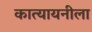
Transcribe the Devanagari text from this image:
कात्यायनीला